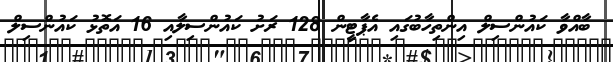
ބާއްވާ ކައުންސިލް އިންތިހާބުގައި އެޕާޓީން 128 ރަށު ކައުންސިލާއި 16 އަތޮޅު ކައުންސިލް